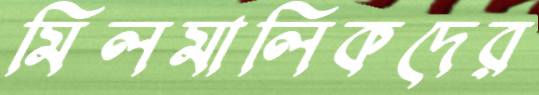
মিলমালিকদের